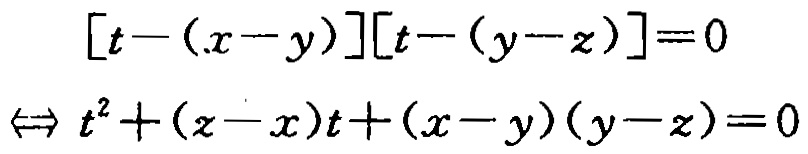
\[

\begin{align*}

[t-(x - y)][t-(y - z)]&=0\\

\Leftrightarrow t^{2}+(z - x)t+(x - y)(y - z)&=0

\end{align*}

\]